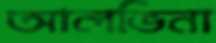
আলভিনা